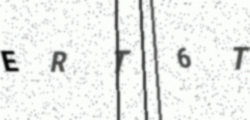
Text: ERT6T